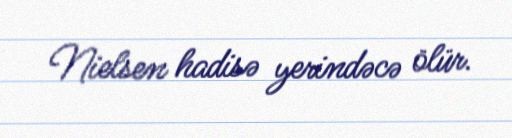
Nielsen hadisə yerindəcə ölür.